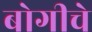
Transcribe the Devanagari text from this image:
बोगीचे